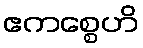
ဧကစ္စေဟိ